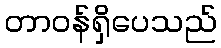
တာဝန်ရှိပေသည်